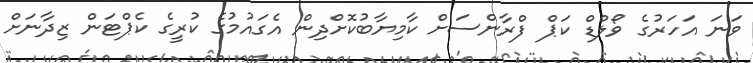
ވަނަ އަހަރުގެ ވޯލްޑް ކަޕް ފްރާންސަށް ކާމިޔާބުކޮށްދިން އެގައުމުގެ ކުރީގެ ކެޕްޓަން ޒިދާނަށް